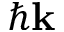
\hbar \mathbf { k }